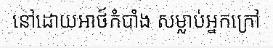
នៅដោយអាថ៍កំបាំង សម្លាប់អ្នកក្រៅ